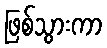
ဖြစ်သွားကာ